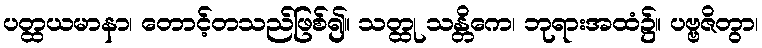
ပတ္ထယမာနာ၊ တောင့်တသည်ဖြစ်၍။ သတ္ထု သန္တိကေ၊ ဘုရားအထံ၌။ ပဗ္ဗဇိတွာ၊